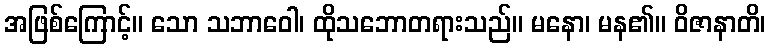
အဖြစ်ကြောင့်။ သော သဘာဝေါ၊ ထိုသဘောတရားသည်။ မနော၊ မန၏။ ဝိဇာနာတိ၊